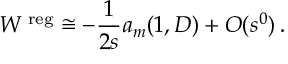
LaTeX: W ^ { \mathrm { \scriptsize ~ r e g } } \cong - \frac 1 { 2 s } a _ { m } ( 1 , D ) + O ( s ^ { 0 } ) \, .